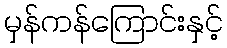
မှန်ကန်ကြောင်းနှင့်